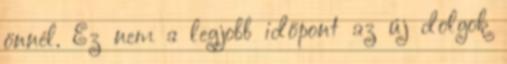
önnél. Ez nem a legjobb időpont az új dolgok